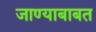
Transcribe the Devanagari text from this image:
जाण्याबाबत